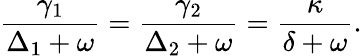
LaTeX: \frac{\gamma_{1}}{\Delta_{1}+\omega}=\frac{\gamma_{2}}{\Delta_{2}+\omega}=\frac{\kappa}{\delta+\omega}.